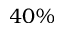
4 0 \%